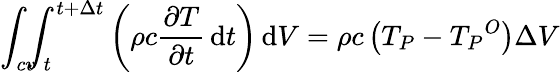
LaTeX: \int_{cv}\! \! \! \int_{t}^{t+\Delta t}\left(\rho c{\frac{\partial T}{\partial t}}\, \mathrm{d}t\right)\, \mathrm{d}V=\rho c\left(T_{P}-{T_{P}}^{O}\right)\Delta V